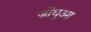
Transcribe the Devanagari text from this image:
ज़ोंघुआ